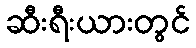
ဆီးရီးယားတွင်